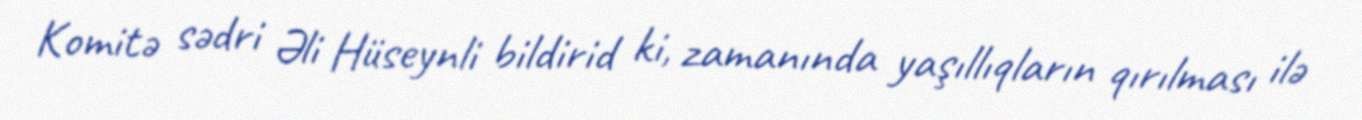
Komitə sədri Əli Hüseynli bildirid ki, zamanında yaşıllıqların qırılması ilə